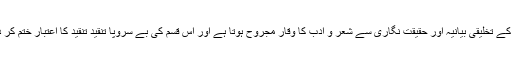
اسی قسم کے تخلیقی بیانیہ اور حقیقت نگاری سے شعر و ادب کا وقار مجروح ہوتا ہے اور اس قسم کی بے سروپا تنقید تنقید کا اعتبار ختم کر دیتی ہے۔